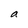
Character: a